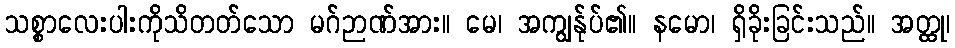
သစ္စာလေးပါးကိုသိတတ်သော မဂ်ဉာဏ်အား။ မေ၊ အကျွန်ုပ်၏။ နမော၊ ရှိခိုးခြင်းသည်။ အတ္ထု၊